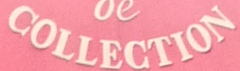
COLLECTION